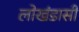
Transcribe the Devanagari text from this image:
लोखंडासी